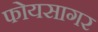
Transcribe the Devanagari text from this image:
फोयसागर